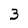
Character: 3